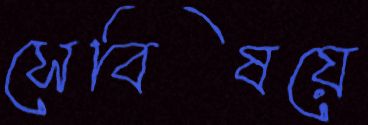
সেবিষয়ে